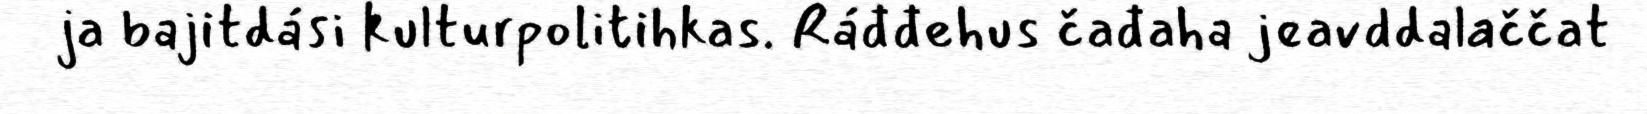
ja bajitdási kulturpolitihkas. Ráđđehus čađaha jeavddalaččat